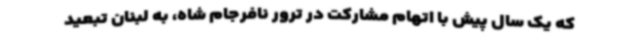
که یک سال پیش با اتهام مشارکت در ترور نافرجام شاه، به لبنان تبعید